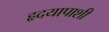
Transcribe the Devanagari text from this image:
हृदयापाशी